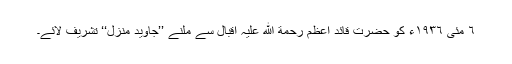
٦ مئی ١٩٣٦ء کو حضرت قائد اعظم رحمة ﷲ علیہ اقبال سے ملنے ’’جاوید منزل‘‘ تشریف لائے۔